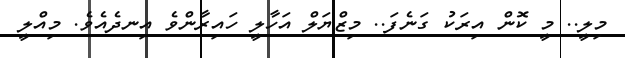
މިލީ.. މީ ކޮން އިރަކު ގަނެފަ.. މިޒްޔަލް އަހާލީ ހައިރާންވެ އިނދެއެވެ. މިއްލީ